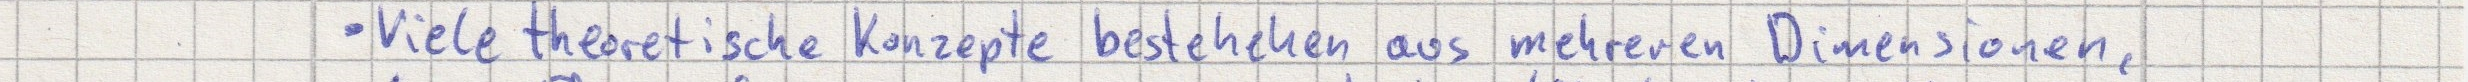
- Viele theoretische Konzepte bestehehen aus mehreren Dimensionen,